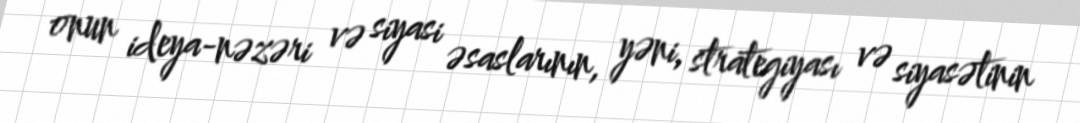
onun ideya-nəzəri və siyasi əsaslarının, yəni, strategiyası və siyasətinin